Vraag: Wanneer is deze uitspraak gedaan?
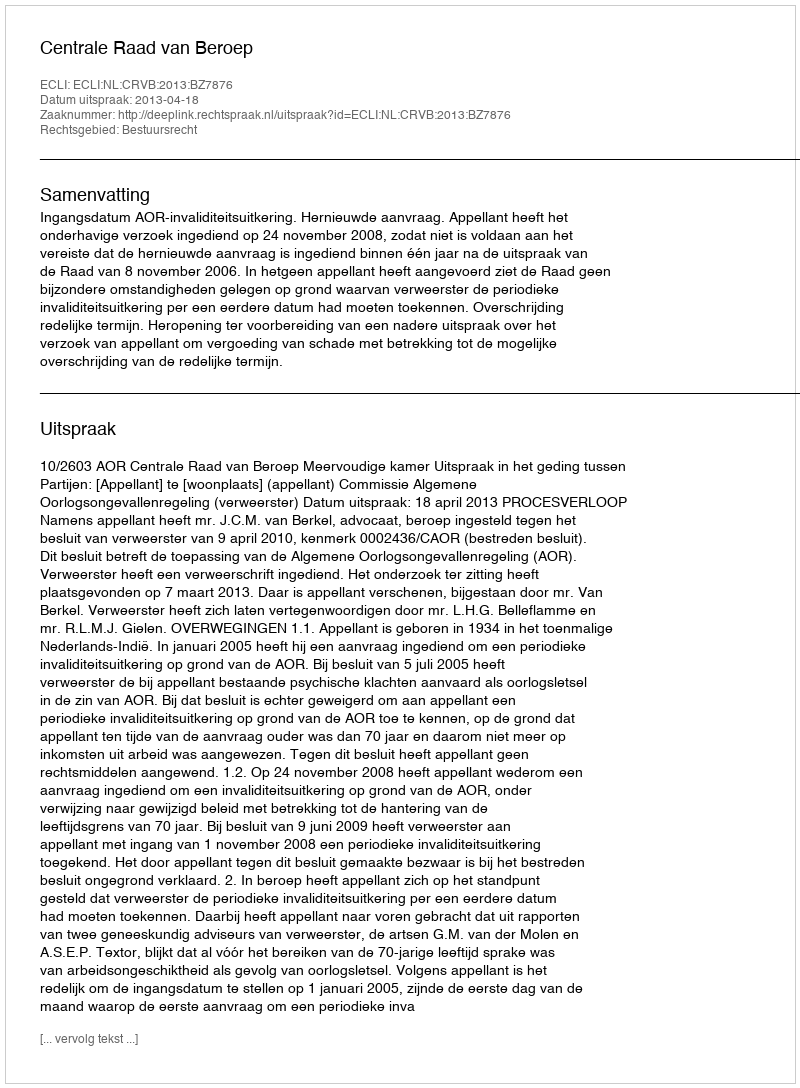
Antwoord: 2013-04-18